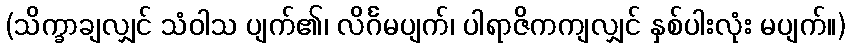
(သိက္ခာချလျှင် သံဝါသ ပျက်၏၊ လိင်္ဂမပျက်၊ ပါရာဇိကကျလျှင် နှစ်ပါးလုံး မပျက်။)